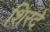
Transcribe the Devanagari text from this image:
शिरदे